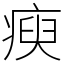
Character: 瘐